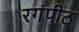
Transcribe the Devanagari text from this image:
रगंपीठ